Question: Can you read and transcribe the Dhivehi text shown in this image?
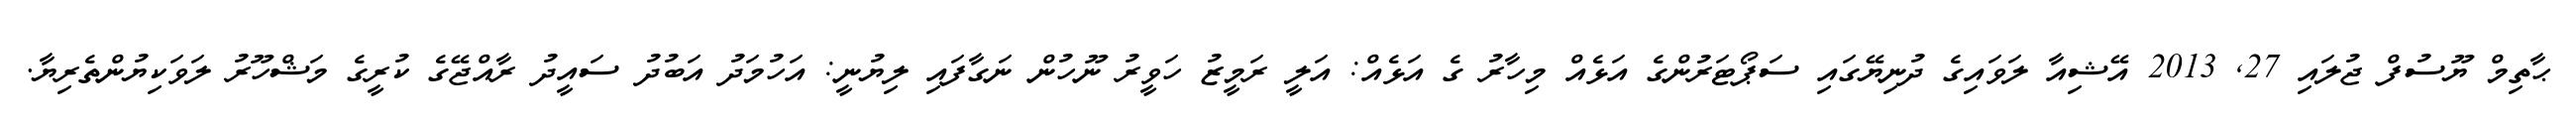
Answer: ޙާތިމް ޔޫސުފް ޖުލައި 27, 2013 އޭޝިއާ ލަވައިގެ ދުނިޔޭގައި ސަޕޯޓަރުންގެ އަޅެއް މިހާރު ގެ އަޅެއް: އަލީ ރަމީޒު ހަވީރު ނޫހުން ނަގާފައި ލިޔުނީ: އަހުމަދު އަބުދު ސައީދު ރާއްޖޭގެ ކުރީގެ މަޝްހޫރު ލަވަކިޔުންތެރިޔާ.